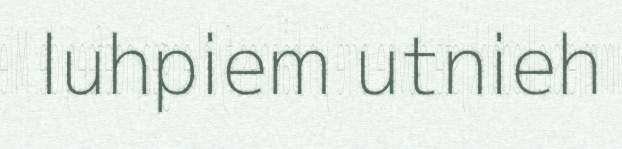
luhpiem utnieh